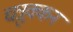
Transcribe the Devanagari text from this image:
चत्रुक्कन